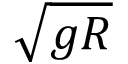
\sqrt { g R }